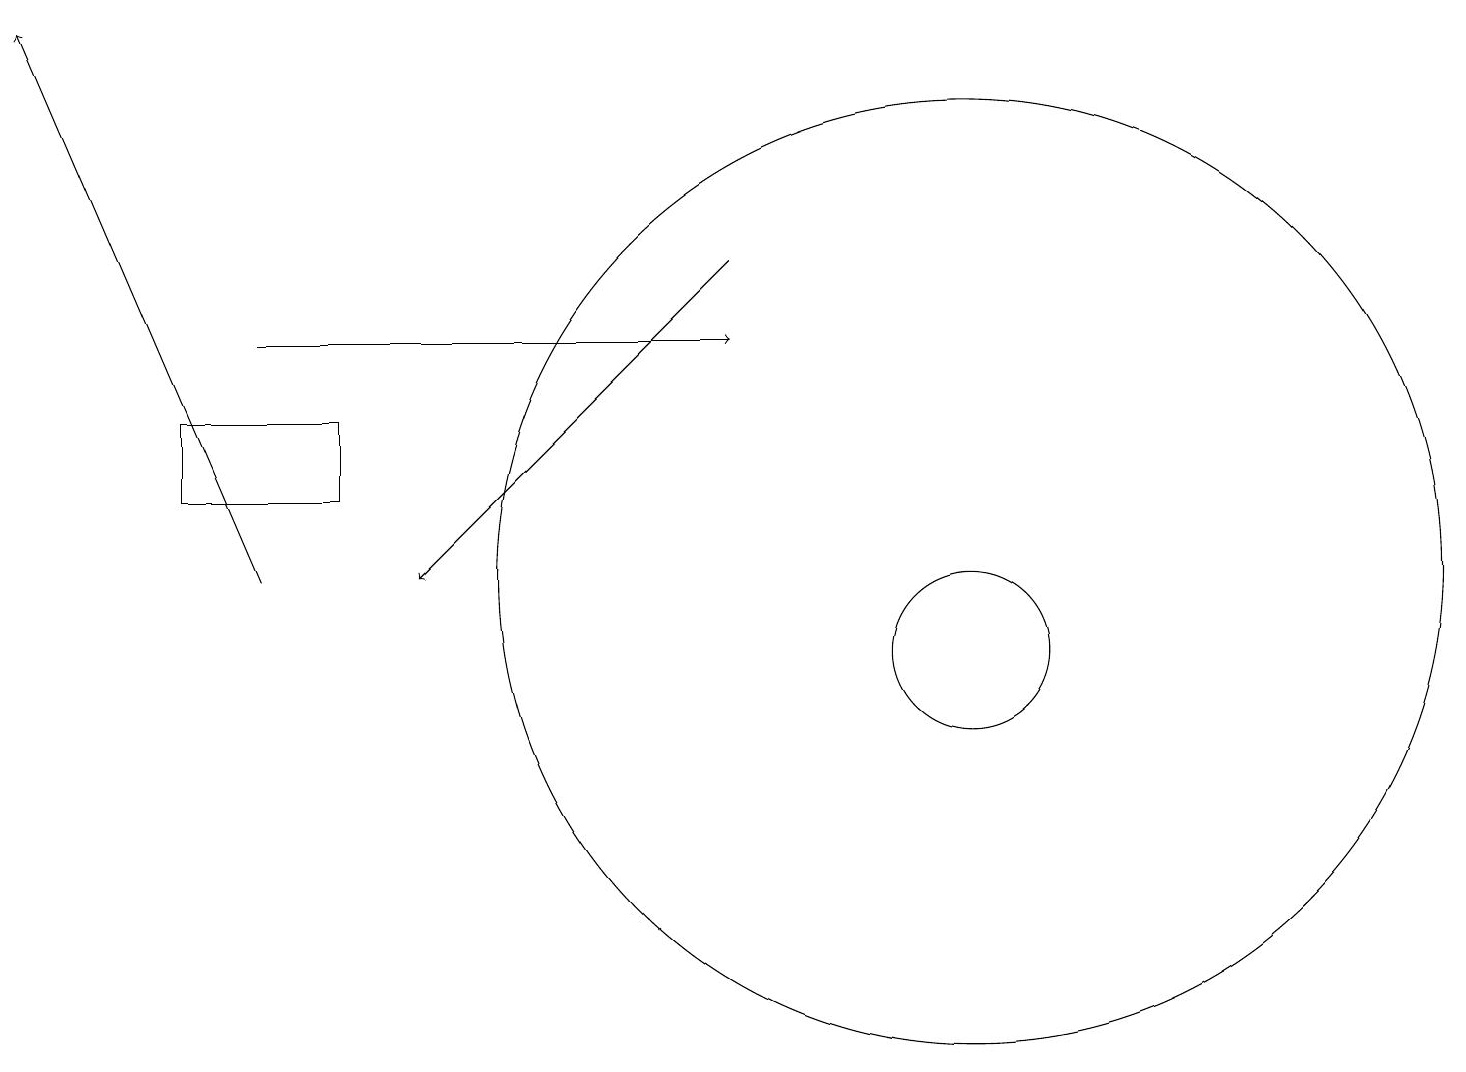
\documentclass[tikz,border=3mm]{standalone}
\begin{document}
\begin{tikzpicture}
\draw (4,12) rectangle (2,13);
\draw[->] (9,15) -- (5,11);
\draw (10,10) circle (0);
\draw (12,10) circle (1);
\draw (12,11) circle (6);
\draw[->] (3,14) -- (9,14);
\draw[->] (3,11) -- (0,18);
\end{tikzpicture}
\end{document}